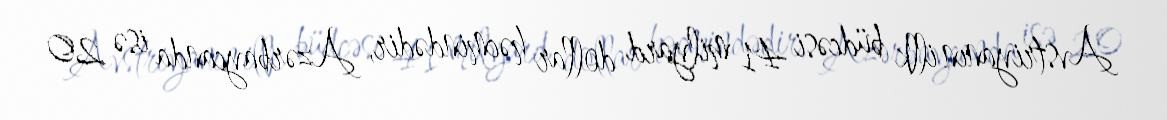
Avstriyanın illk büdcəsi 41 milyard dollar həcmindədir, Azərbaycanda isə 20